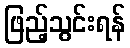
ဖြည့်သွင်းရန်